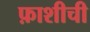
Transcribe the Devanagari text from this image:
फ़ाशीची